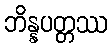
ဘိန္နပတ္တဿ